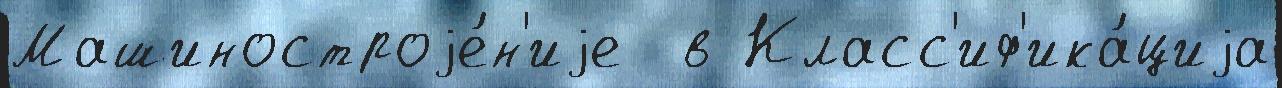
Машиностроjе́н'иjе  в Класс'иф'ика́циjа